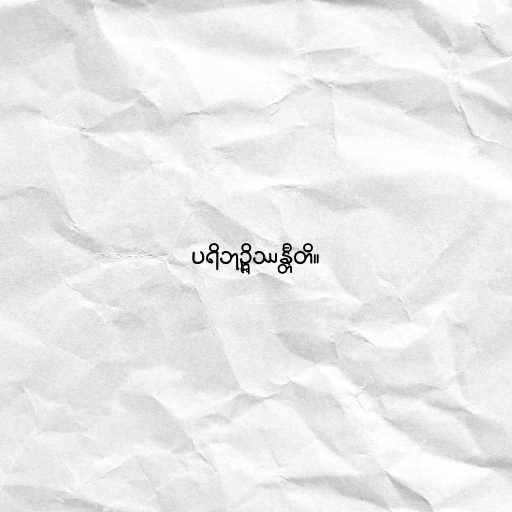
ပရိဘုဉ္ဇိဿန္တီတိ။